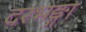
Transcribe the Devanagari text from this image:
दरभङ्गा